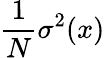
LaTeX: {\frac{1}{N}}\sigma^{2}(x)